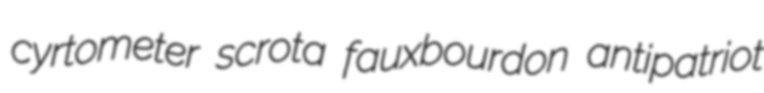
cyrtometer scrota fauxbourdon antipatriot